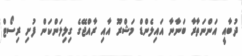
ދުބާއީ އަންނަތާރާ ބަނާނާ އައިލެންޑް މަޝްރޫ އާއި ރާއްޖޭގެ ގިލިލަންކަން ފުށި ރިސޯޓް